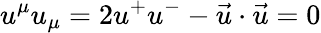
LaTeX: u^{\mu}u_{\mu}=2u^{+}u^{-}-\vec{u}\cdot\vec{u}=0